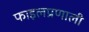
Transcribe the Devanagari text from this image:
फाइलप्रणाली